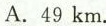
A. 49 km.